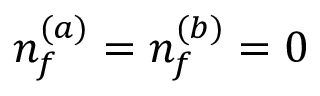
n _ { f } ^ { ( a ) } = n _ { f } ^ { ( b ) } = 0